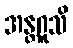
အန္တဂူသိ